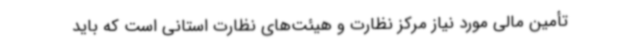
تأمین مالی مورد نیاز مرکز نظارت و هیئت‌های نظارت استانی است که باید